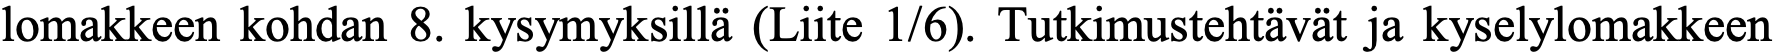
lomakkeen kohdan 8. kysymyksillä (Liite 1/6). Tutkimustehtävät ja kyselylomakkeen